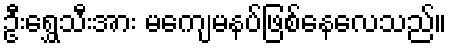
ဦးရွှေသီးအား မကျေမနပ်ဖြစ်နေလေသည်။